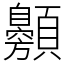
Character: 䫵